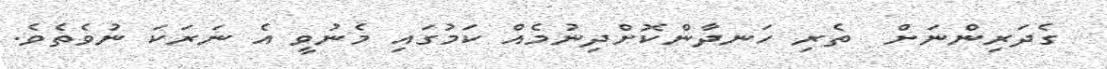
ގެދަރިންނަށް  ތެރި ހަނދާންކޮށްދިނުމެއް ކަމުގައި މެނުވީ އެ ނަރަކަ ނުވެތެވެ.